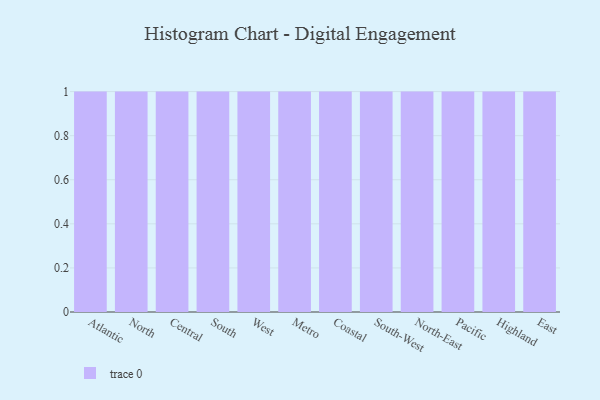
{"axis": {"x": "Region", "y": "Backlog"}, "legend": [""], "data": [{"x": "Atlantic", "y": 34, "type": ""}, {"x": "North", "y": 46, "type": ""}, {"x": "Central", "y": 97, "type": ""}, {"x": "South", "y": 17, "type": ""}, {"x": "West", "y": 49, "type": ""}, {"x": "Metro", "y": 84, "type": ""}, {"x": "Coastal", "y": 67, "type": ""}, {"x": "South-West", "y": 37, "type": ""}, {"x": "North-East", "y": 21, "type": ""}, {"x": "Pacific", "y": 62, "type": ""}, {"x": "Highland", "y": 60, "type": ""}, {"x": "East", "y": 81, "type": ""}]}